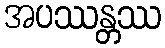
အပဿန္တဿ